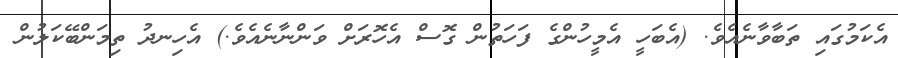
އެކަމުގައި ތަބާވާނެއެވެ. (އެބަހީ އެމީހުންގެ ފަހަތުން ގޮސް އެހޮރަށް ވަންނާނެއެވެ.) އެހިނދު ތިމަންބޭކަލުން